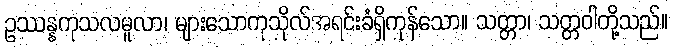
ဥဿန္နကုသလမူလာ၊ များသောကုသိုလ်အရင်းခံရှိကုန်သော။ သတ္တာ၊ သတ္တဝါတို့သည်။